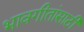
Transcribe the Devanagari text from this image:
भावगीतांसाठी